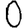
Digit: 0